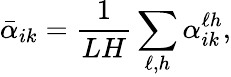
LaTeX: \bar{\alpha}_{ik}=\frac{1}{LH}\sum_{\ell,h}\alpha_{ik}^{\ell h},